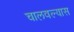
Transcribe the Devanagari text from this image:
चालवल्यास